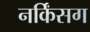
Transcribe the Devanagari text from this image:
नर्किंसग